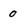
Character: 0